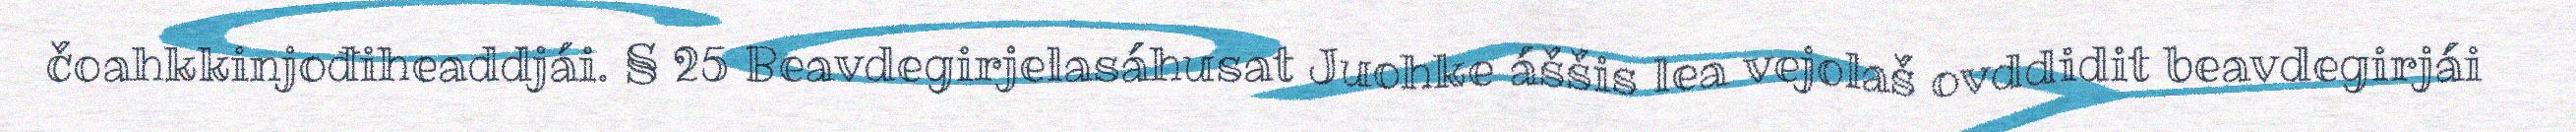
čoahkkinjođiheaddjái. § 25 Beavdegirjelasáhusat Juohke áššis lea vejolaš ovddidit beavdegirjái